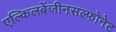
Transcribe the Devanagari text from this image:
एल्किलबेंजीनसल्फोनेट